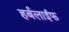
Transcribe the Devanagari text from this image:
हर्बलाईफ